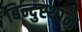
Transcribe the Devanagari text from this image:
बिन्दुस्थान